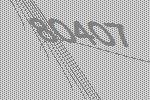
80407